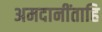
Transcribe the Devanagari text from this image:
अमदानींताहि